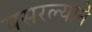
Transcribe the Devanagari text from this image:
पसरल्याने